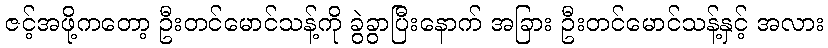
ဇင့်အဖို့ကတော့ ဦးတင်မောင်သန့်ကို ခွဲခွာပြီးနောက် အခြား ဦးတင်မောင်သန့်နှင့် အလား